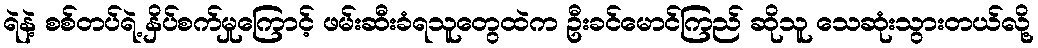
ရဲနဲ့ စစ်တပ်ရဲ့ နှိပ်စက်မှုကြောင့် ဖမ်းဆီးခံရသူတွေထဲက ဦးခင်မောင်ကြည် ဆိုသူ သေဆုံးသွားတယ်လို့